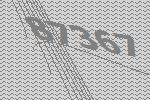
87367